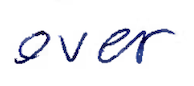
Text: over
Cross-out: clean
Writing tool: ballpoint